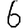
Digit: 6